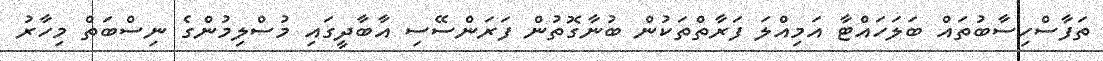
ތަފާސްހިސާބުތައް ބަލަހައްޓާ އަމިއްލަ ފަރާތްތަކުން ބުނާގޮތުން ފަރަންސޭސި އާބާދީގައި މުސްލިމުންގެ ނިސްބަތް މިހާރު